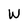
Character: W